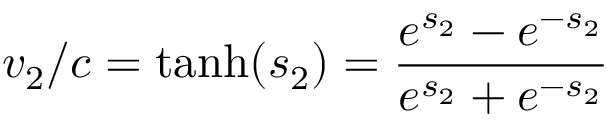
v _ { 2 } / c = { \mathrm { t a n h } } ( s _ { 2 } ) = { \frac { e ^ { s _ { 2 } } - e ^ { - s _ { 2 } } } { e ^ { s _ { 2 } } + e ^ { - s _ { 2 } } } }